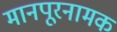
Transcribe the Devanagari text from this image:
मानपूरनामक